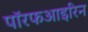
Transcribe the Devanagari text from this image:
पॉरफआइरिन